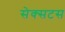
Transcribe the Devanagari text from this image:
सेक्सटस